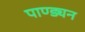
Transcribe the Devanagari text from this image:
पाण्ड्यन